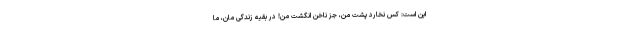
این است: کس نخارد پشت من، جز ناخن انگشت من! در بقیه زندگی مان، ما